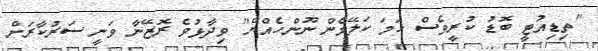
"ތިޑިއުޓީ ބޮޑު ކުރީވެސް ހަމަ ކަލޭމެން ނޫންހެއްޔޭ" ވިދާޅުވެ ރޮޒޭނާ ވަނީ ސަރުކާރަށް